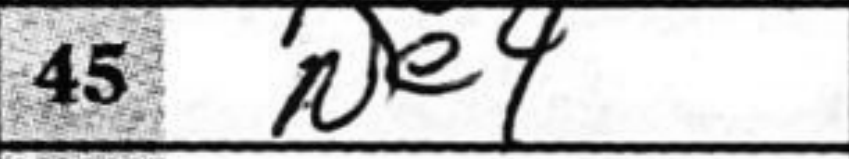
Transcription: Ne4